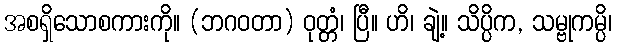
အစရှိသောစကားကို။ (ဘဂဝတာ) ဝုတ္တံ၊ ပြီ။ ဟိ၊ ချဲ့။ သိပ္ပိက, သမ္ဗုကမ္ပိ၊